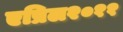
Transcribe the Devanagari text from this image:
एप्रिल२०११